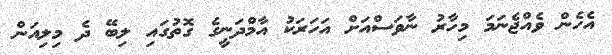
އެހެން ވެއްޖެނަމަ މިހާރު ނާވަސްއަށް އަހަރަކު އާމްދަނީގެ ގޮތުގައި ލިބޭ ދެ މިލިއަން